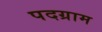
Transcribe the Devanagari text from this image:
पदग्राम